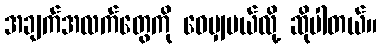
အချက်အလက်တွေကို ဝေမျှမယ်လို့ ဆိုပါတယ်။